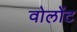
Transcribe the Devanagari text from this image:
वोलोंट